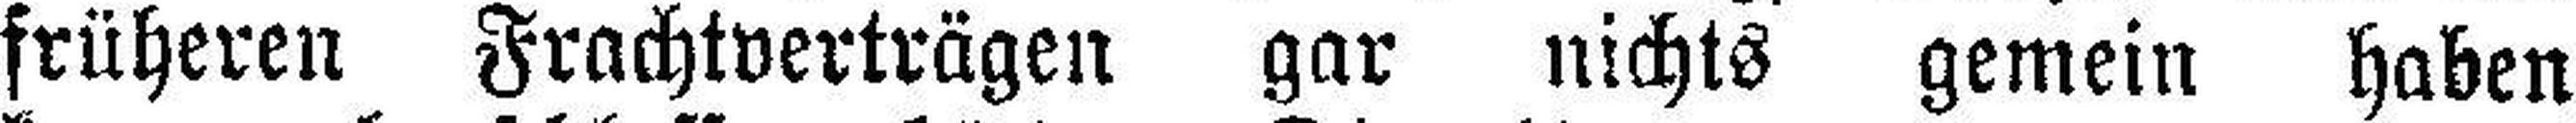
früheren Frachtverträgen gar nichts gemein haben